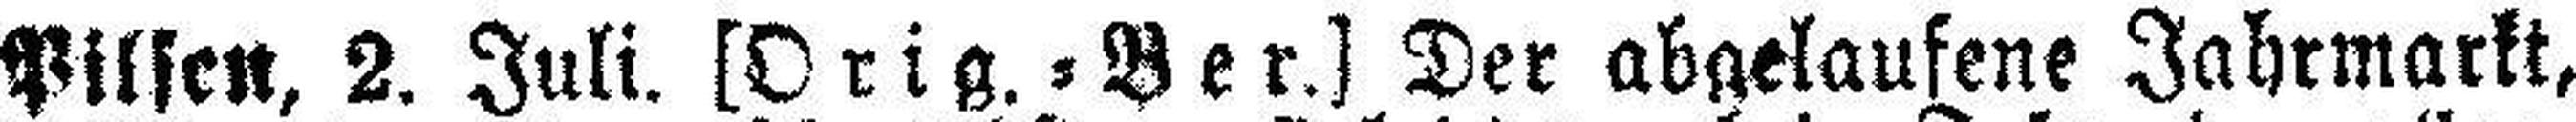
Pilsen, 2. Juli. [Orig. = Ber.] Der abgelaufene Jahrmarkt,